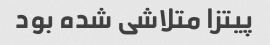
پیتزا متلاشی شده بود